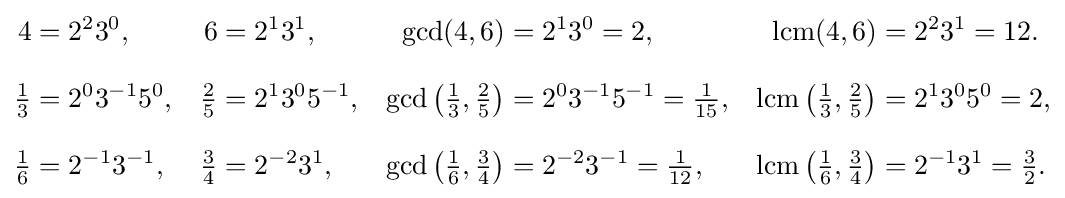
{\begin{aligned}4&=2^{2}3^{0},&6&=2^{1}3^{1},&\gcd(4,6)&=2^{1}3^{0}=2,&\operatorname {lcm} (4,6)&=2^{2}3^{1}=12.\\[8pt]{\tfrac {1}{3}}&=2^{0}3^{-1}5^{0},&{\tfrac {2}{5}}&=2^{1}3^{0}5^{-1},&\gcd \left({\tfrac {1}{3}},{\tfrac {2}{5}}\right)&=2^{0}3^{-1}5^{-1}={\tfrac {1}{15}},&\operatorname {lcm} \left({\tfrac {1}{3}},{\tfrac {2}{5}}\right)&=2^{1}3^{0}5^{0}=2,\\[8pt]{\tfrac {1}{6}}&=2^{-1}3^{-1},&{\tfrac {3}{4}}&=2^{-2}3^{1},&\gcd \left({\tfrac {1}{6}},{\tfrac {3}{4}}\right)&=2^{-2}3^{-1}={\tfrac {1}{12}},&\operatorname {lcm} \left({\tfrac {1}{6}},{\tfrac {3}{4}}\right)&=2^{-1}3^{1}={\tfrac {3}{2}}.\end{aligned}}